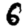
Digit: 6